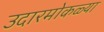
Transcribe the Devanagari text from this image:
उदारमोकळ्या